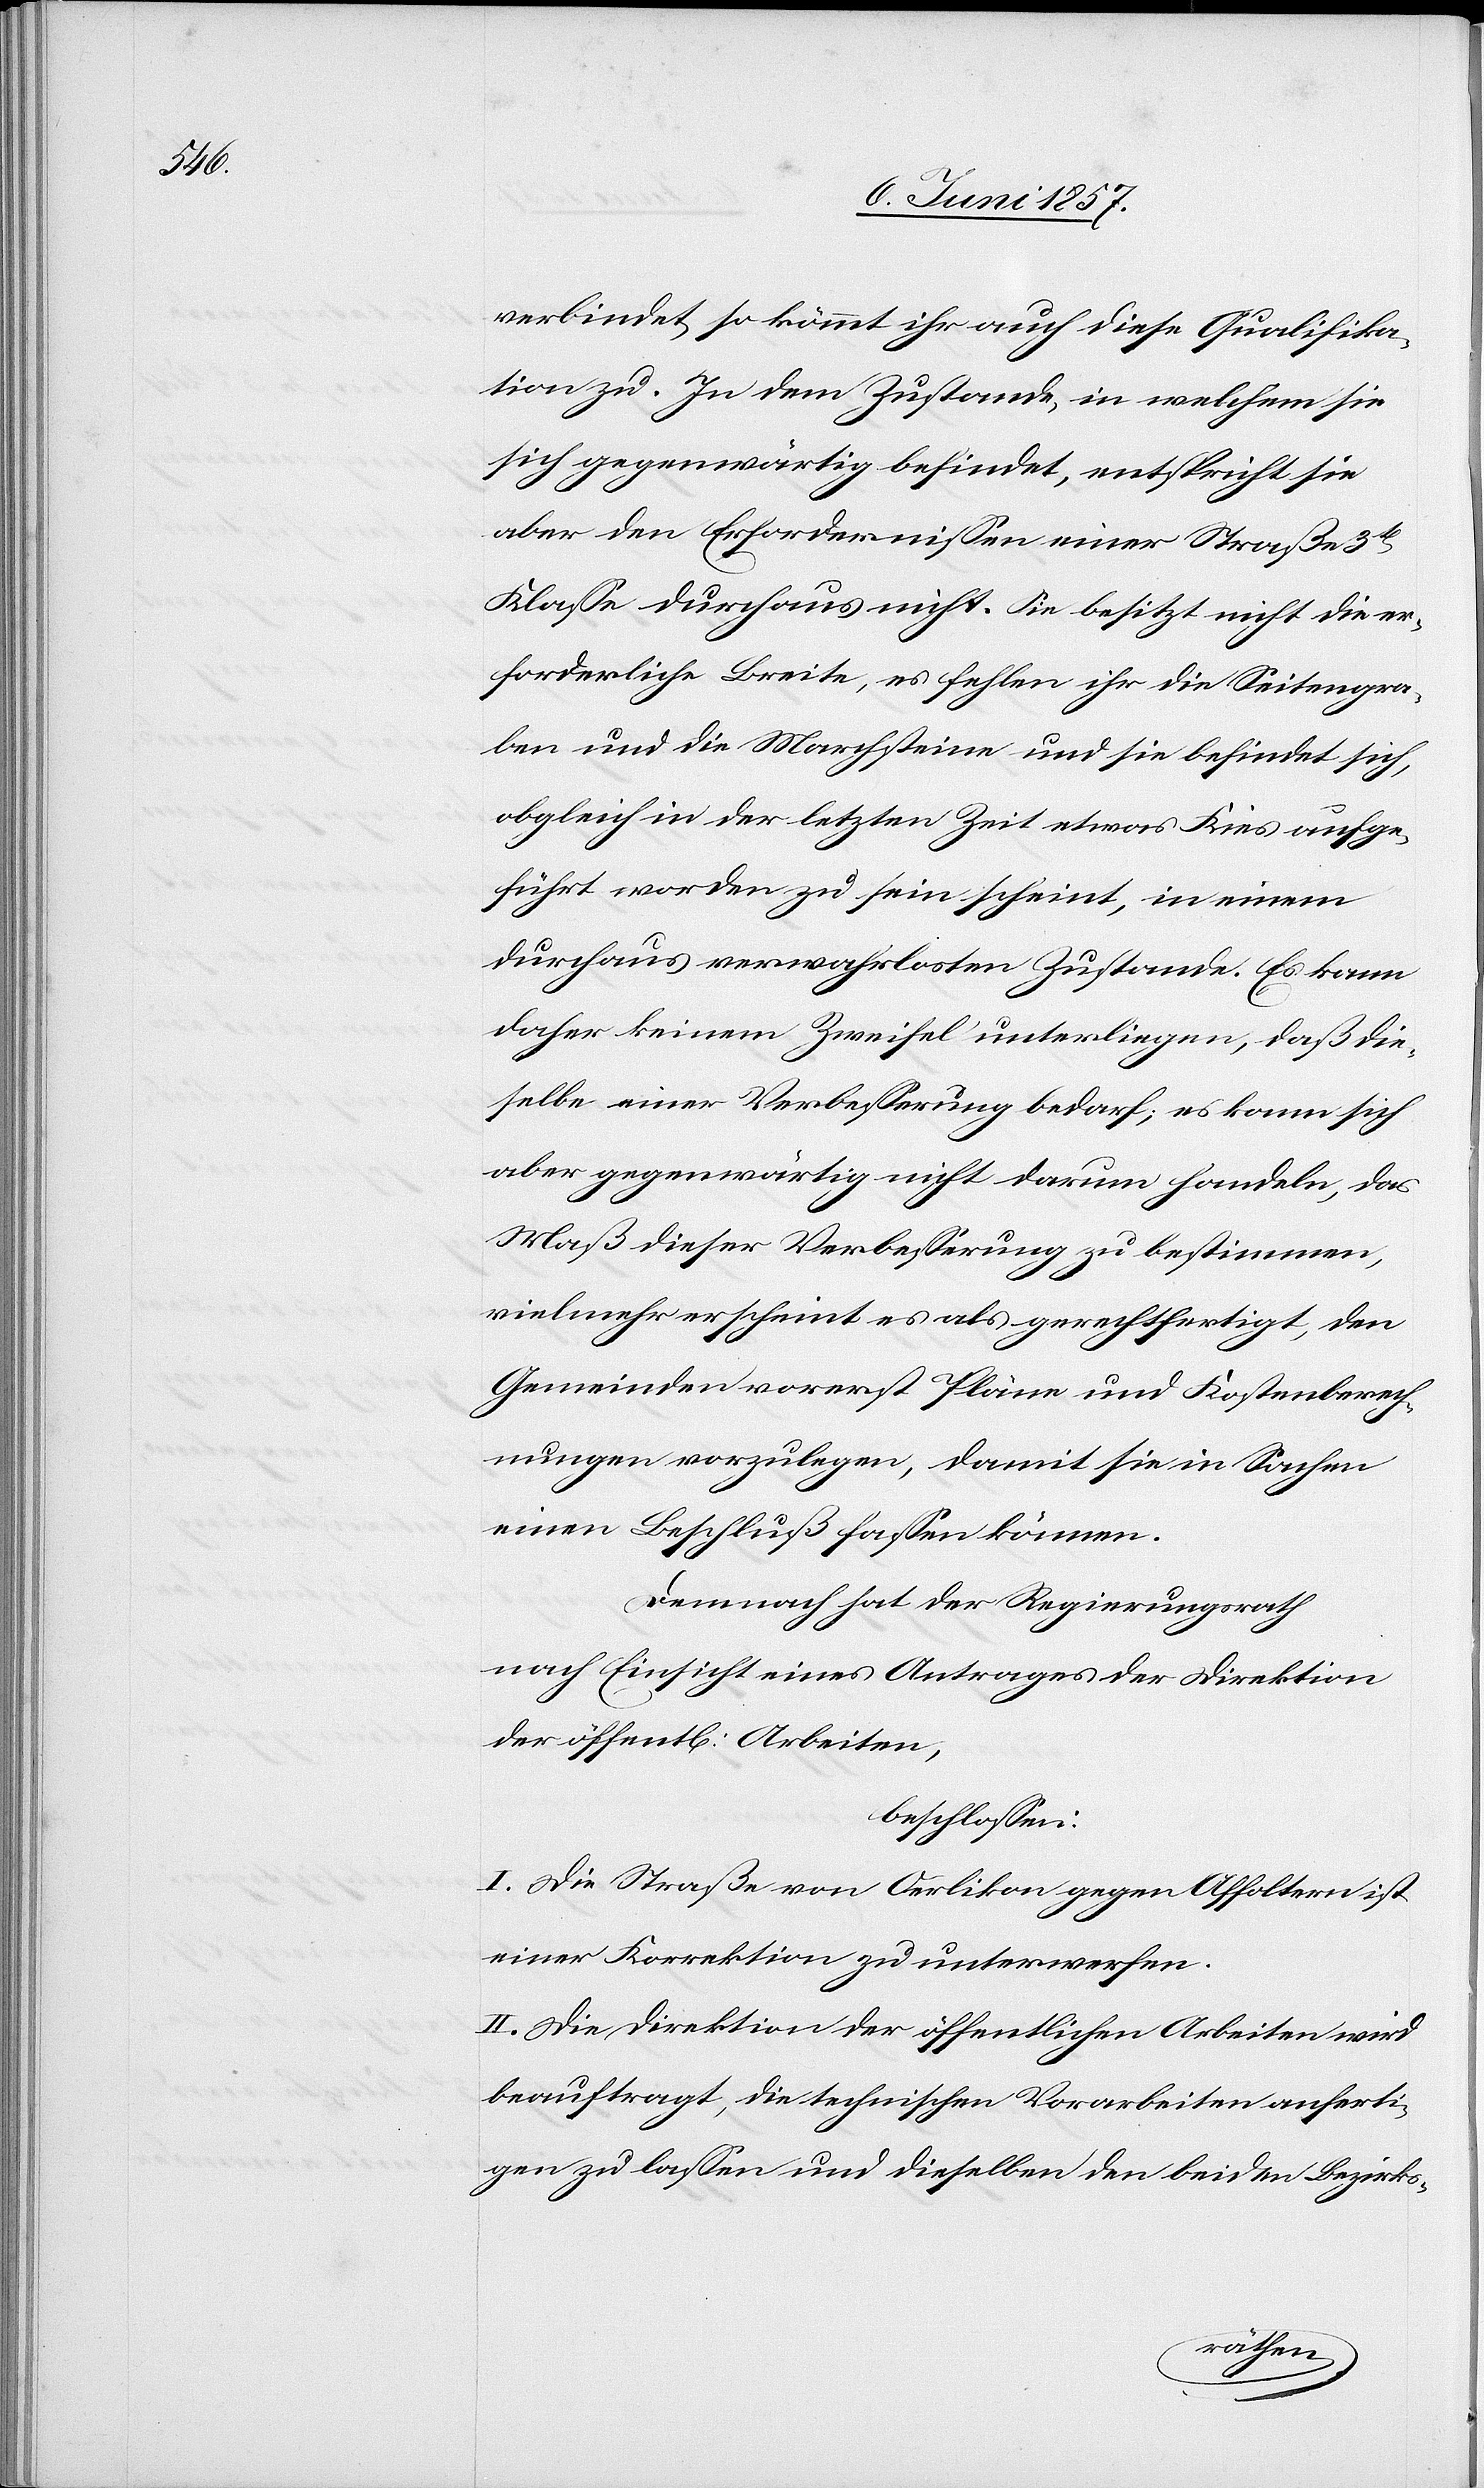
verbindet so kömmt ihr auch diese Qualifika¬
tion zu. In dem Zustande, in welchem sie
sich gegenwärtig befindet, entspricht sie
aber den Erfordernissen einer Straße 3tr
Klasse durchaus nicht. Sie besitzt nicht die er¬
forderliche Breite, es fehlen ihr die Seitengra¬
ben und die Marchsteine und sie befindet sich,
obgleich in der letzten Zeit etwas Kies aufge¬
führt worden zu sein scheint, in einem
durchaus verwahrlosten Zustande. Es kann
daher keinem Zweifel unterliegen, daß die¬
selbe einer Verbesserung bedarf, es kann sich
aber gegenwärtig nicht darum handeln, das
Maß dieser Verbesserung zu bestimmen,
vielmehr scheint es als gerechtfertigt, den
Gemeinden vorerst Pläne und Kostenberech¬
nungen vorzulegen, damit sie in Sachen
einen Beschluß fassen können.
Demnach hat der Regierungsrath
nach Einsicht eines Antrages der Direktion
der öffentl. Arbeiten,
beschlossen:
I. Die Straße von Oerlikon gegen Affoltern ist
einer Korrektion zu unterwerfen.
II. Die Direktion der öffentlichen Arbeiten wird
beauftragt, die technischen Vorarbeiten anferti¬
gen zu lassen und dieselben den beiden Bezirks-